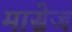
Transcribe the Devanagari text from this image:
मासेज